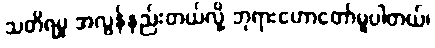
သတိရမှု အလွန်နည်းတယ်လို့ ဘုရားဟောတော်မူပါတယ်၊